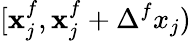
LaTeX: [\mathbf{x}_{j}^{f},\mathbf{x}_{j}^{f}+\Delta^{f}x_{j})